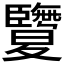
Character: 𦣵